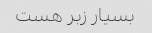
بسیار زبر هست